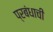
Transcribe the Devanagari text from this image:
प्रबंधाची